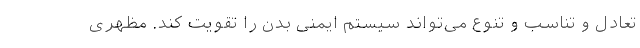
تعادل و تناسب و تنوع می‌تواند سیستم ایمنی بدن را تقویت کند. مظهری